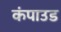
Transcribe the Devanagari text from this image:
कंपाउड